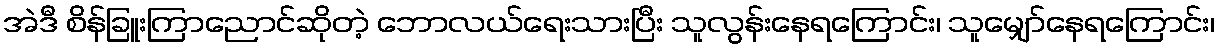
အဲဒီ စိန်ခြူးကြာညောင်ဆိုတဲ့ ဘောလယ်ရေးသားပြီး သူလွန်းနေရကြောင်း၊ သူမျှော်နေရကြောင်း၊